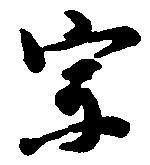
宗